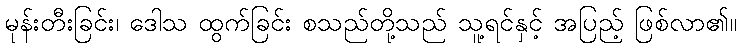
မုန်းတီးခြင်း၊ ဒေါသ ထွက်ခြင်း စသည်တို့သည် သူ့ရင်နှင့် အပြည့် ဖြစ်လာ၏။